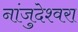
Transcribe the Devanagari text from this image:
नांजुदेश्‍वरा